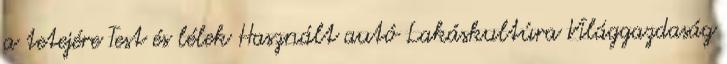
a tetejére Test és lélek Használt autó Lakáskultúra Világgazdaság